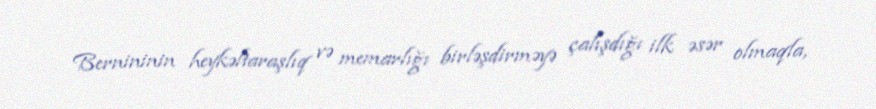
Bernininin heykəltaraşlıq və memarlığı birləşdirməyə çalışdığı ilk əsər olmaqla,